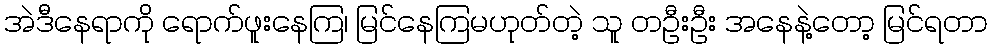
အဲဒီနေရာကို ရောက်ဖူးနေကြ၊ မြင်နေကြမဟုတ်တဲ့ သူ တဦးဦး အနေနဲ့တော့ မြင်ရတာ